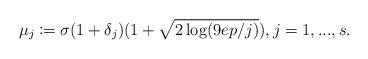
LaTeX: \begin{align*} \mu_j \coloneqq \sigma (1+\delta_j) (1+ \sqrt{2\log(9ep/j)}), j=1,...,s. \end{align*}